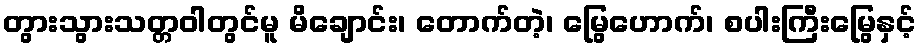
တွားသွားသတ္တဝါတွင်မူ မိချောင်း၊ တောက်တဲ့၊ မြွေဟောက်၊ စပါးကြီးမြွေနှင့်